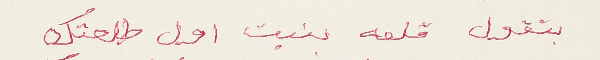
بتقول قلعه بنيت اول طلعتك